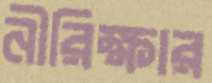
নীরিক্ষার